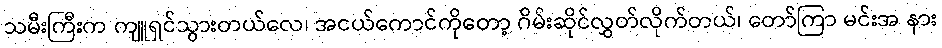
သမီးကြီးက ကျူရှင်သွားတယ်လေ၊ အငယ်ကောင်ကိုတော့ ဂိမ်းဆိုင်လွှတ်လိုက်တယ်၊ တော်ကြာ မင်းအ နား